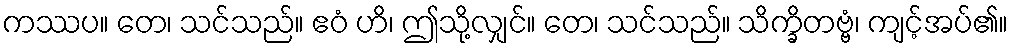
ကဿပ။ တေ၊ သင်သည်။ ဧဝံ ဟိ၊ ဤသို့လျှင်။ တေ၊ သင်သည်။ သိက္ခိတဗ္ဗံ၊ ကျင့်အပ်၏။